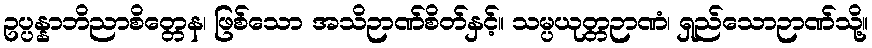
ဥပ္ပန္နာဘိညာစိတ္တေန၊ ဖြစ်သော အသိဉာဏ်စိတ်နှင့်။ သမ္ပယုတ္တဉာဏံ၊ ရှည်သောဉာဏ်သို့။